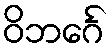
ဝိဘင်္ဂေ